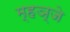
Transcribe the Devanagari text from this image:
म्हञ्जे